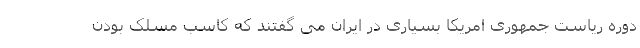
دوره ریاست جمهوری امریکا بسیاری در ایران می گفتند که کاسب مسلک بودن